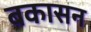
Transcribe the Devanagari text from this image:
बकासन